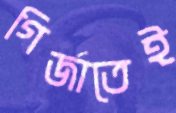
গির্জাতেই